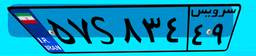
۲۸S۲۴۶۴۳